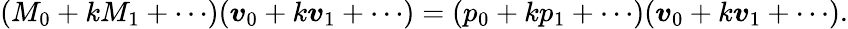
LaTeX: (M_{0}+kM_{1}+\cdots)(\boldsymbol{v}_{0}+k\boldsymbol{v}_{1}+\cdots)=(p_{0}+kp_{1}+\cdots)(\boldsymbol{v}_{0}+k\boldsymbol{v}_{1}+\cdots).